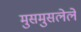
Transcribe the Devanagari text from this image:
मुसमुसलेले